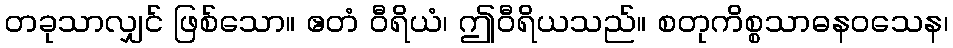
တခုသာလျှင် ဖြစ်သော။ ဧတံ ဝီရိယံ၊ ဤဝီရိယသည်။ စတုကိစ္စသာဓနဝသေန၊